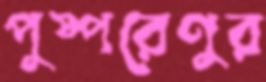
পুষ্পরেণুর